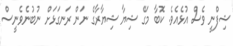
ޝިފްނީ ވެސް އުޅެއެވެ. ކޮބާ މަގޭ ޝިޔާ ޝިޔާރާގެ ނަން ރަނގަޅަށް ނުބުނެވެނީސް